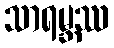
သာရမ္ဘဿ